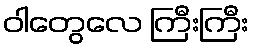
ဝါတွေလေ ကြီးကြီး